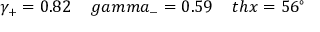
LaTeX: \gamma _ { + } = 0 . 8 2 \ \ \ \, g a m m a _ { - } = 0 . 5 9 \ \ \ \, t h x = 5 6 ^ { \circ }